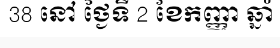
38 នៅ ថ្ងៃទី 2 ខែកញ្ញា ឆ្នាំ